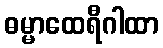
ဓမ္မာထေရီဂါထာ